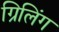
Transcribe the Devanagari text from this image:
ग्रिलिंग